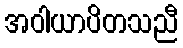
အဝါယာပိတသညီ